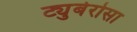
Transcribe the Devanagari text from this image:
ट्युबेरोसा